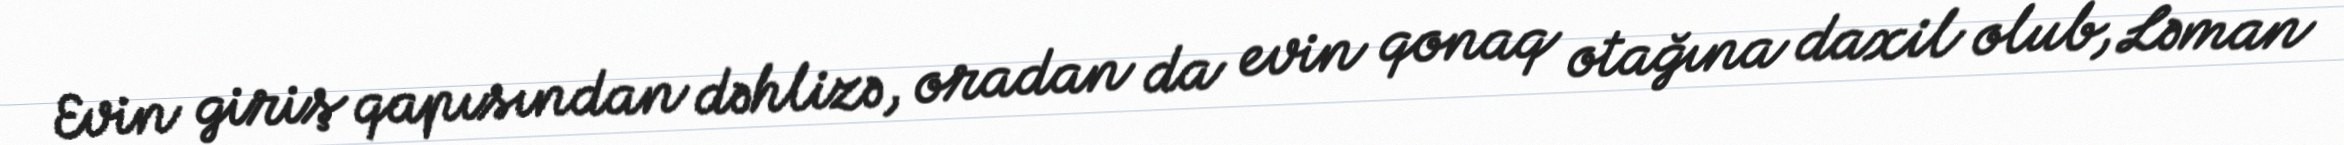
Evin giriş qapısından dəhlizə, oradan da evin qonaq otağına daxil olub, Ləman